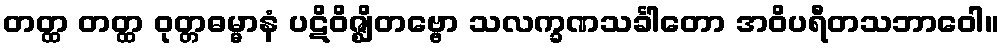
တတ္ထ တတ္ထ ဝုတ္တဓမ္မာနံ ပဋိဝိဇ္ဈိတဗ္ဗော သလက္ခဏသင်္ခါတော အဝိပရီတသဘာဝေါ။